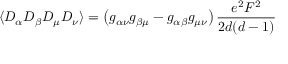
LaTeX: \langle D _ { \alpha } D _ { \beta } D _ { \mu } D _ { \nu } \rangle = \left( g _ { \alpha \nu } g _ { \beta \mu } - g _ { \alpha \beta } g _ { \mu \nu } \right) \frac { e ^ { 2 } F ^ { 2 } } { 2 d ( d - 1 ) }